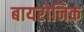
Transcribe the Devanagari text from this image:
बायरोनिक